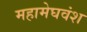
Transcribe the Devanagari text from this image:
महामेघवंश